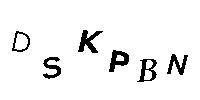
DSKPBN